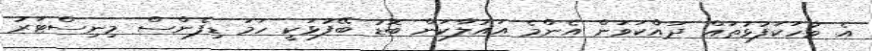
އެ ވާހަކަފުޅުތައް ދައްކަވަން އެންމެ އައުލާކަން ބޮޑު ބޭފުޅަކީ ހަމަ ޑިފެންސް މިނިސްޓަރު